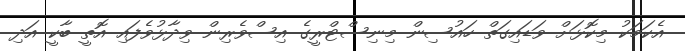
އެކަމަކު މިކޮޅަށް ވަޑައިގަތް ހައުސިން މިނިސްޓްރީގެ އިސްވެރިން ވިދާޅުވެފައި އޮތީ ބާކީ އަދި